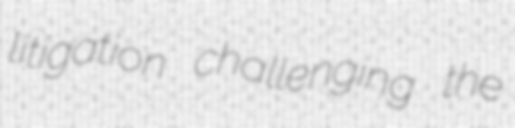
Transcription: litigation challenging the